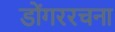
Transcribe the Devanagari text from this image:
डोंगररचना